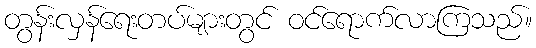
တွန်းလှန်ရေးတပ်များတွင် ဝင်ရောက်လာကြသည်။